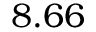
8 . 6 6